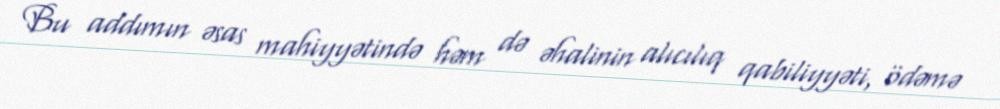
Bu addımın əsas mahiyyətində həm də əhalinin alıcılıq qabiliyyəti, ödəmə